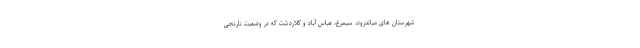
شهرستان های میاندرود، سیمرغ، عباس آباد و کلاردشت که در وضعیت نارنجی